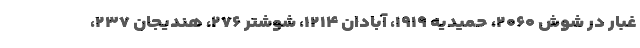
غبار در شوش ۲۰۶۰، حمیدیه ۱۹۱۹، آبادان ۱۲۱۴، شوشتر ۲۷۶، هندیجان ۲۳۷،